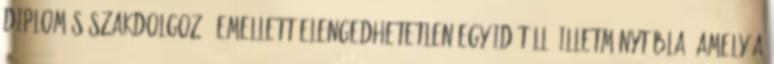
diplomás szakdolgozó. Emellett elengedhetetlen egy időtálló illetménytábla, amely a